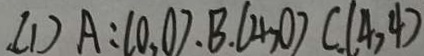
( 1 ) A : ( 0 , 0 ) \cdot B . ( 4 , 0 ) C . ( 4 , 4 )